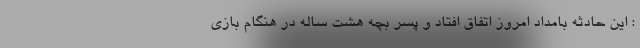
: این حادثه بامداد امروز اتفاق افتاد و پسر بچه هشت ساله در هنگام بازی